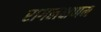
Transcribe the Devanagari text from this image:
रागलक्षणम